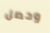
وحصل